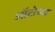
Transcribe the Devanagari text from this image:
ऑटोच्या